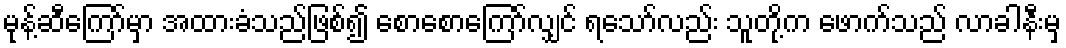
မုန့်ဆီကြော်မှာ အထားခံသည်ဖြစ်၍ စောစောကြော်လျှင် ရသော်လည်း သူတို့က ဖောက်သည် လာခါနီးမှ